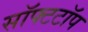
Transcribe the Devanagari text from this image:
सॉफ्टटॉप